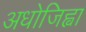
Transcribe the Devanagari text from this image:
अधोजिह्वा